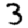
Digit: 3